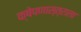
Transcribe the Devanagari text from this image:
क्षेपणास्त्राला